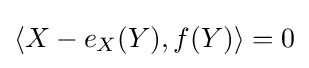
\langle X-e_{X}(Y),f(Y)\rangle =0